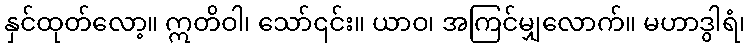
နှင်ထုတ်လော့။ ဣတိဝါ၊ သော်၎င်း။ ယာဝ၊ အကြင်မျှလောက်။ မဟာဒွါရံ၊